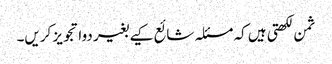
ثمن لکھتی ہیں کہ مسئلہ شائع کیے بغیر دوا تجویز کریں۔